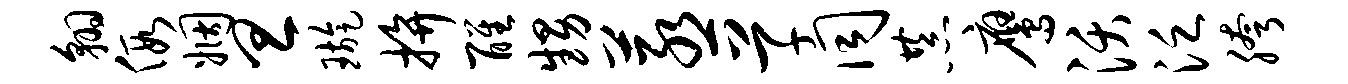
翱假姻旦璇拚醒甥蒸草同恭鹰沃泛胯